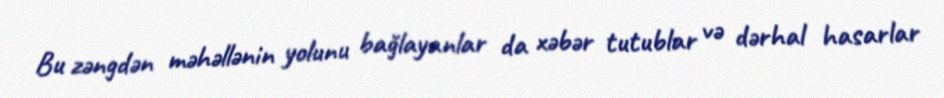
Bu zəngdən məhəllənin yolunu bağlayanlar da xəbər tutublar və dərhal hasarlar